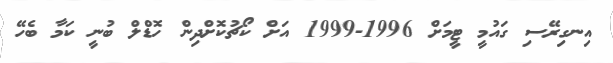
އިނގިރޭސި ގައުމީ ޓީމަށް 1996-1999 އަށް ކޯޗުކޮށްދިން ހޮޑްލް ބުނީ ކަމާ ބެހޭ